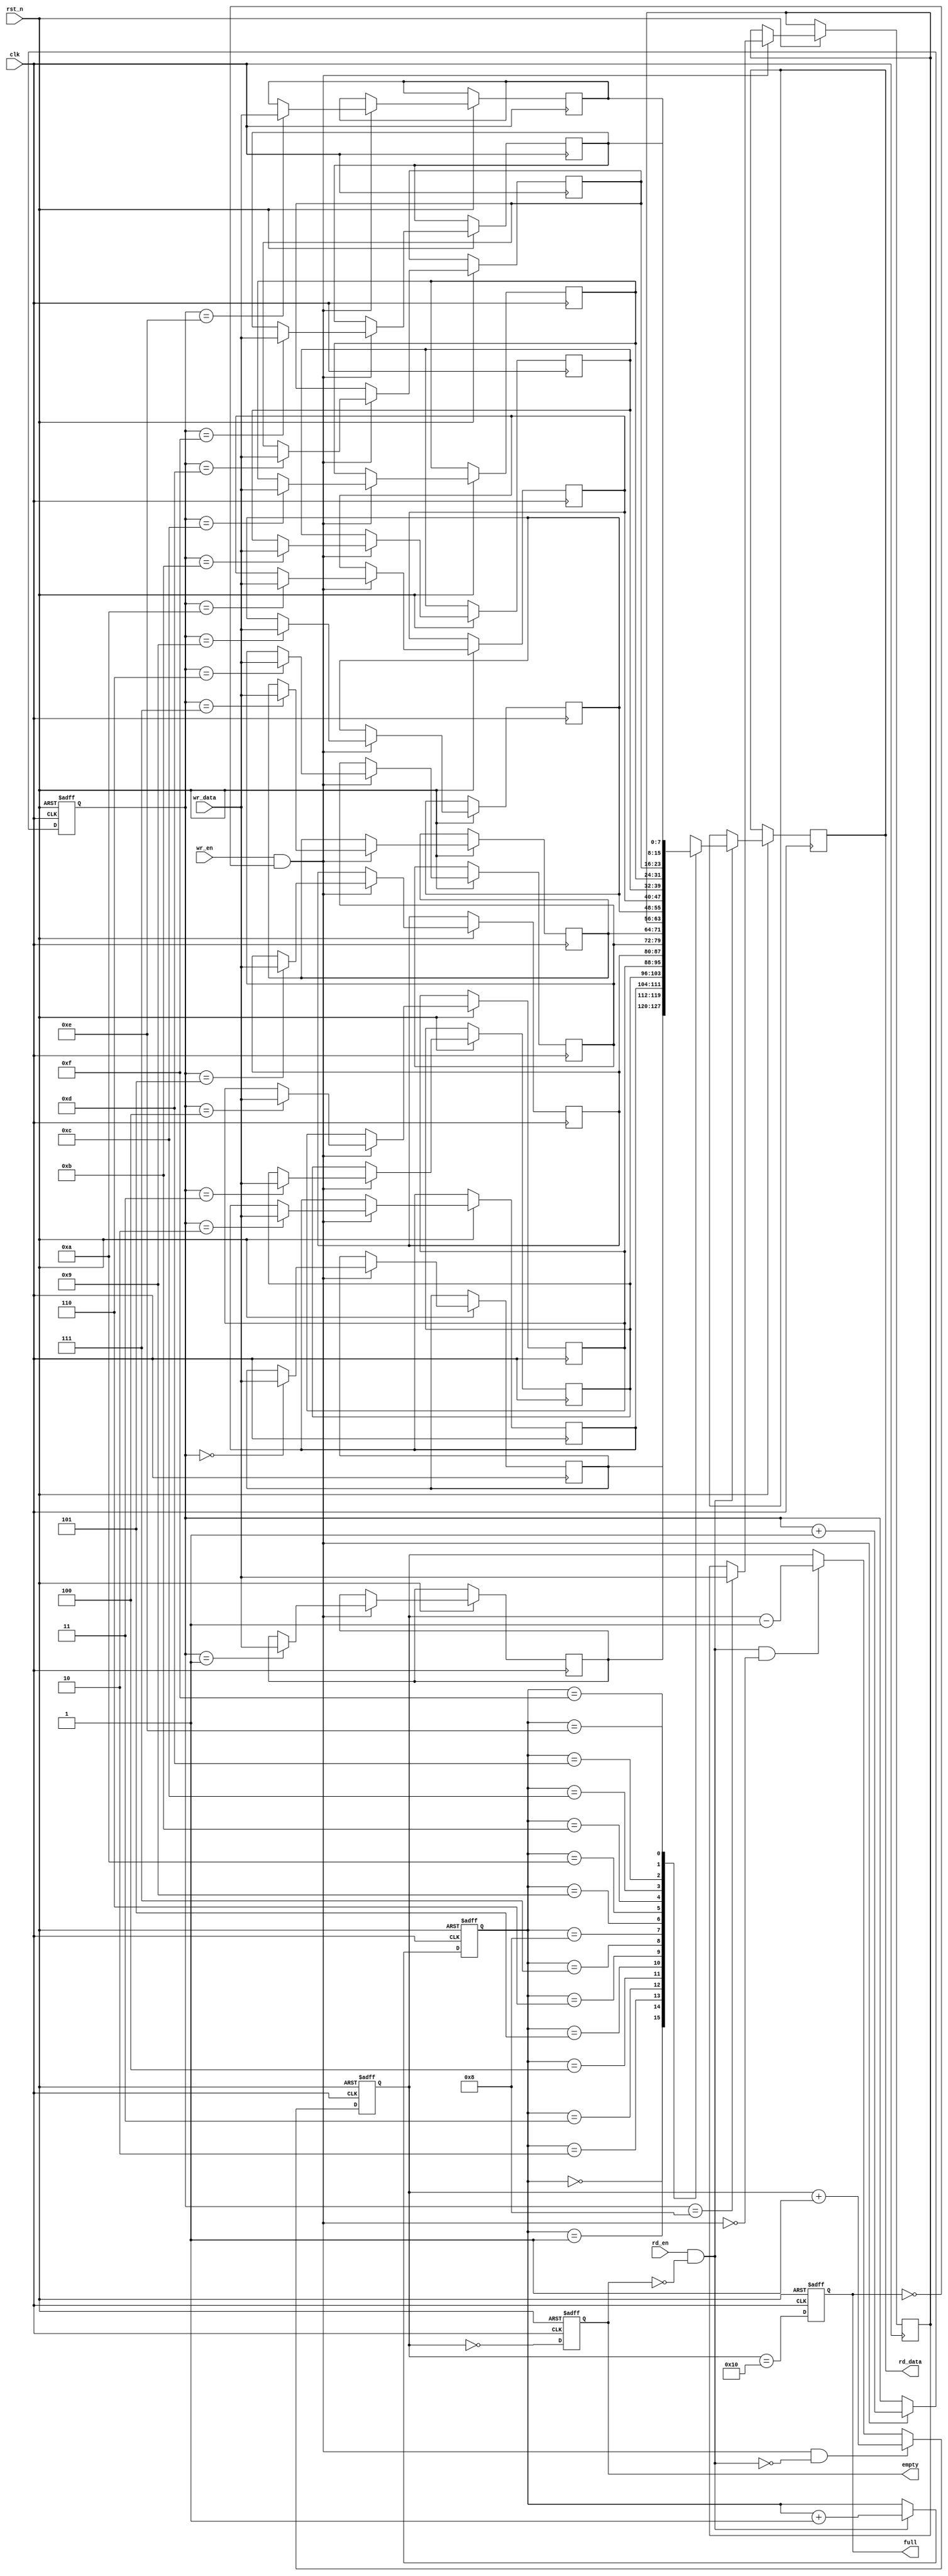
module fifo #(
    parameter DATA_WIDTH = 8,
    parameter ADDR_WIDTH = 4
)(
    input clk,
    input rst_n,
    input wr_en,
    input rd_en,
    input [DATA_WIDTH-1:0] wr_data,
    output reg [DATA_WIDTH-1:0] rd_data,
    output reg full,
    output reg empty
);

    localparam DEPTH = (1 << ADDR_WIDTH);

    reg [DATA_WIDTH-1:0] mem [0:DEPTH-1];
    reg [ADDR_WIDTH-1:0] wr_ptr;
    reg [ADDR_WIDTH-1:0] rd_ptr;
    reg [ADDR_WIDTH:0] fifo_count; // To handle full and empty conditions

    always @(posedge clk or negedge rst_n) begin
        if (!rst_n) begin
            wr_ptr <= 0;
            rd_ptr <= 0;
            fifo_count <= 0;
            full <= 0;
            empty <= 1;
        end else begin
            if (wr_en && !full) begin
                mem[wr_ptr] <= wr_data;
                wr_ptr <= wr_ptr + 1;
            end

            if (rd_en && !empty) begin
                rd_data <= mem[rd_ptr];
                rd_ptr <= rd_ptr + 1;
            end

            if (wr_en && !full && !(rd_en && !empty)) begin
                fifo_count <= fifo_count + 1;
            end else if (rd_en && !empty && !(wr_en && !full)) begin
                fifo_count <= fifo_count - 1;
            end

            full <= (fifo_count == DEPTH);
            empty <= (fifo_count == 0);
        end
    end

endmodule